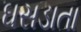
ઘસડાતા